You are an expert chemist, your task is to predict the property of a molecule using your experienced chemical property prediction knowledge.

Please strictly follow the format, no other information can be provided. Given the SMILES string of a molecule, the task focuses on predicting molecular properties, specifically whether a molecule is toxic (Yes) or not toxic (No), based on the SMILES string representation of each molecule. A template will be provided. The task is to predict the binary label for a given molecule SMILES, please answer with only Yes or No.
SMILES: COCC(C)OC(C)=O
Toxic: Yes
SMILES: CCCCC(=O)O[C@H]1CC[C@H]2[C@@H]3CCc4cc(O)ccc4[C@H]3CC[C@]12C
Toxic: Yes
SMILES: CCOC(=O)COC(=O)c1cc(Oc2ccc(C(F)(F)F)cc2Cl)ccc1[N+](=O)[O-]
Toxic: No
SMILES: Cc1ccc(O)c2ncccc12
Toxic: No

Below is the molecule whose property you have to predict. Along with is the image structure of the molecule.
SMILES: C=CCOC(=O)CCCCCCCC
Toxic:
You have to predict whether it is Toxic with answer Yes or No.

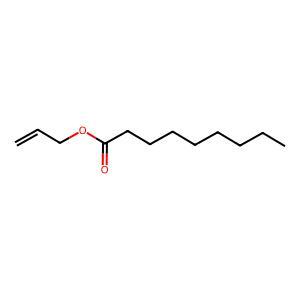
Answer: No